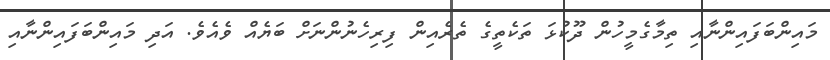
މައިންބަފައިންނާއި ތިމާގެމީހުން ދޫކުޅަ ތަކެތީގެ ތެރެއިން ފިރިހެނުންނަށް ބަޔެއް ވެއެވެ. އަދި މައިންބަފައިންނާއި